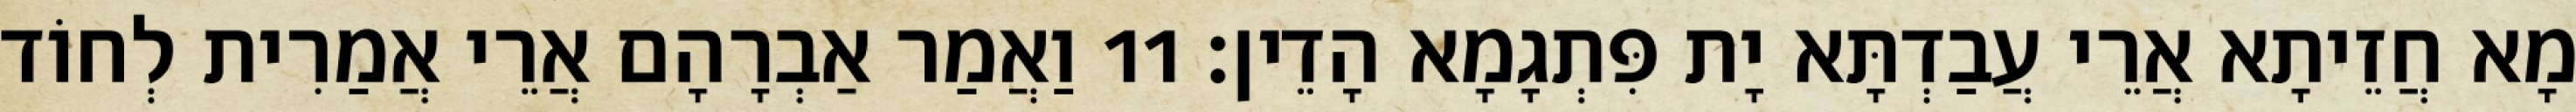
מָא חֲזֵיתָא אֲרֵי עֲבַדְתָּא יָת פִּתְגָמָא הָדֵין׃ 11 וַאֲמַר אַבְרָהָם אֲרֵי אֲמַרִית לְחוֹד